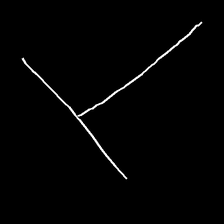
Glyph: column